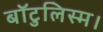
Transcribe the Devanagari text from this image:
बॉटुलिस्म।